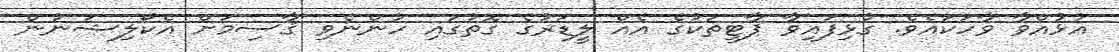
އުޅުއްވާ ވާހަކައެވެ. ގުޅިފައިވާ ޕާޓީތަކުގެ އެއް ލީޑަރުގެ ގޮތުގައި ހުންނެވި ޤާސިމަށް އެކޯލިޝަނުން